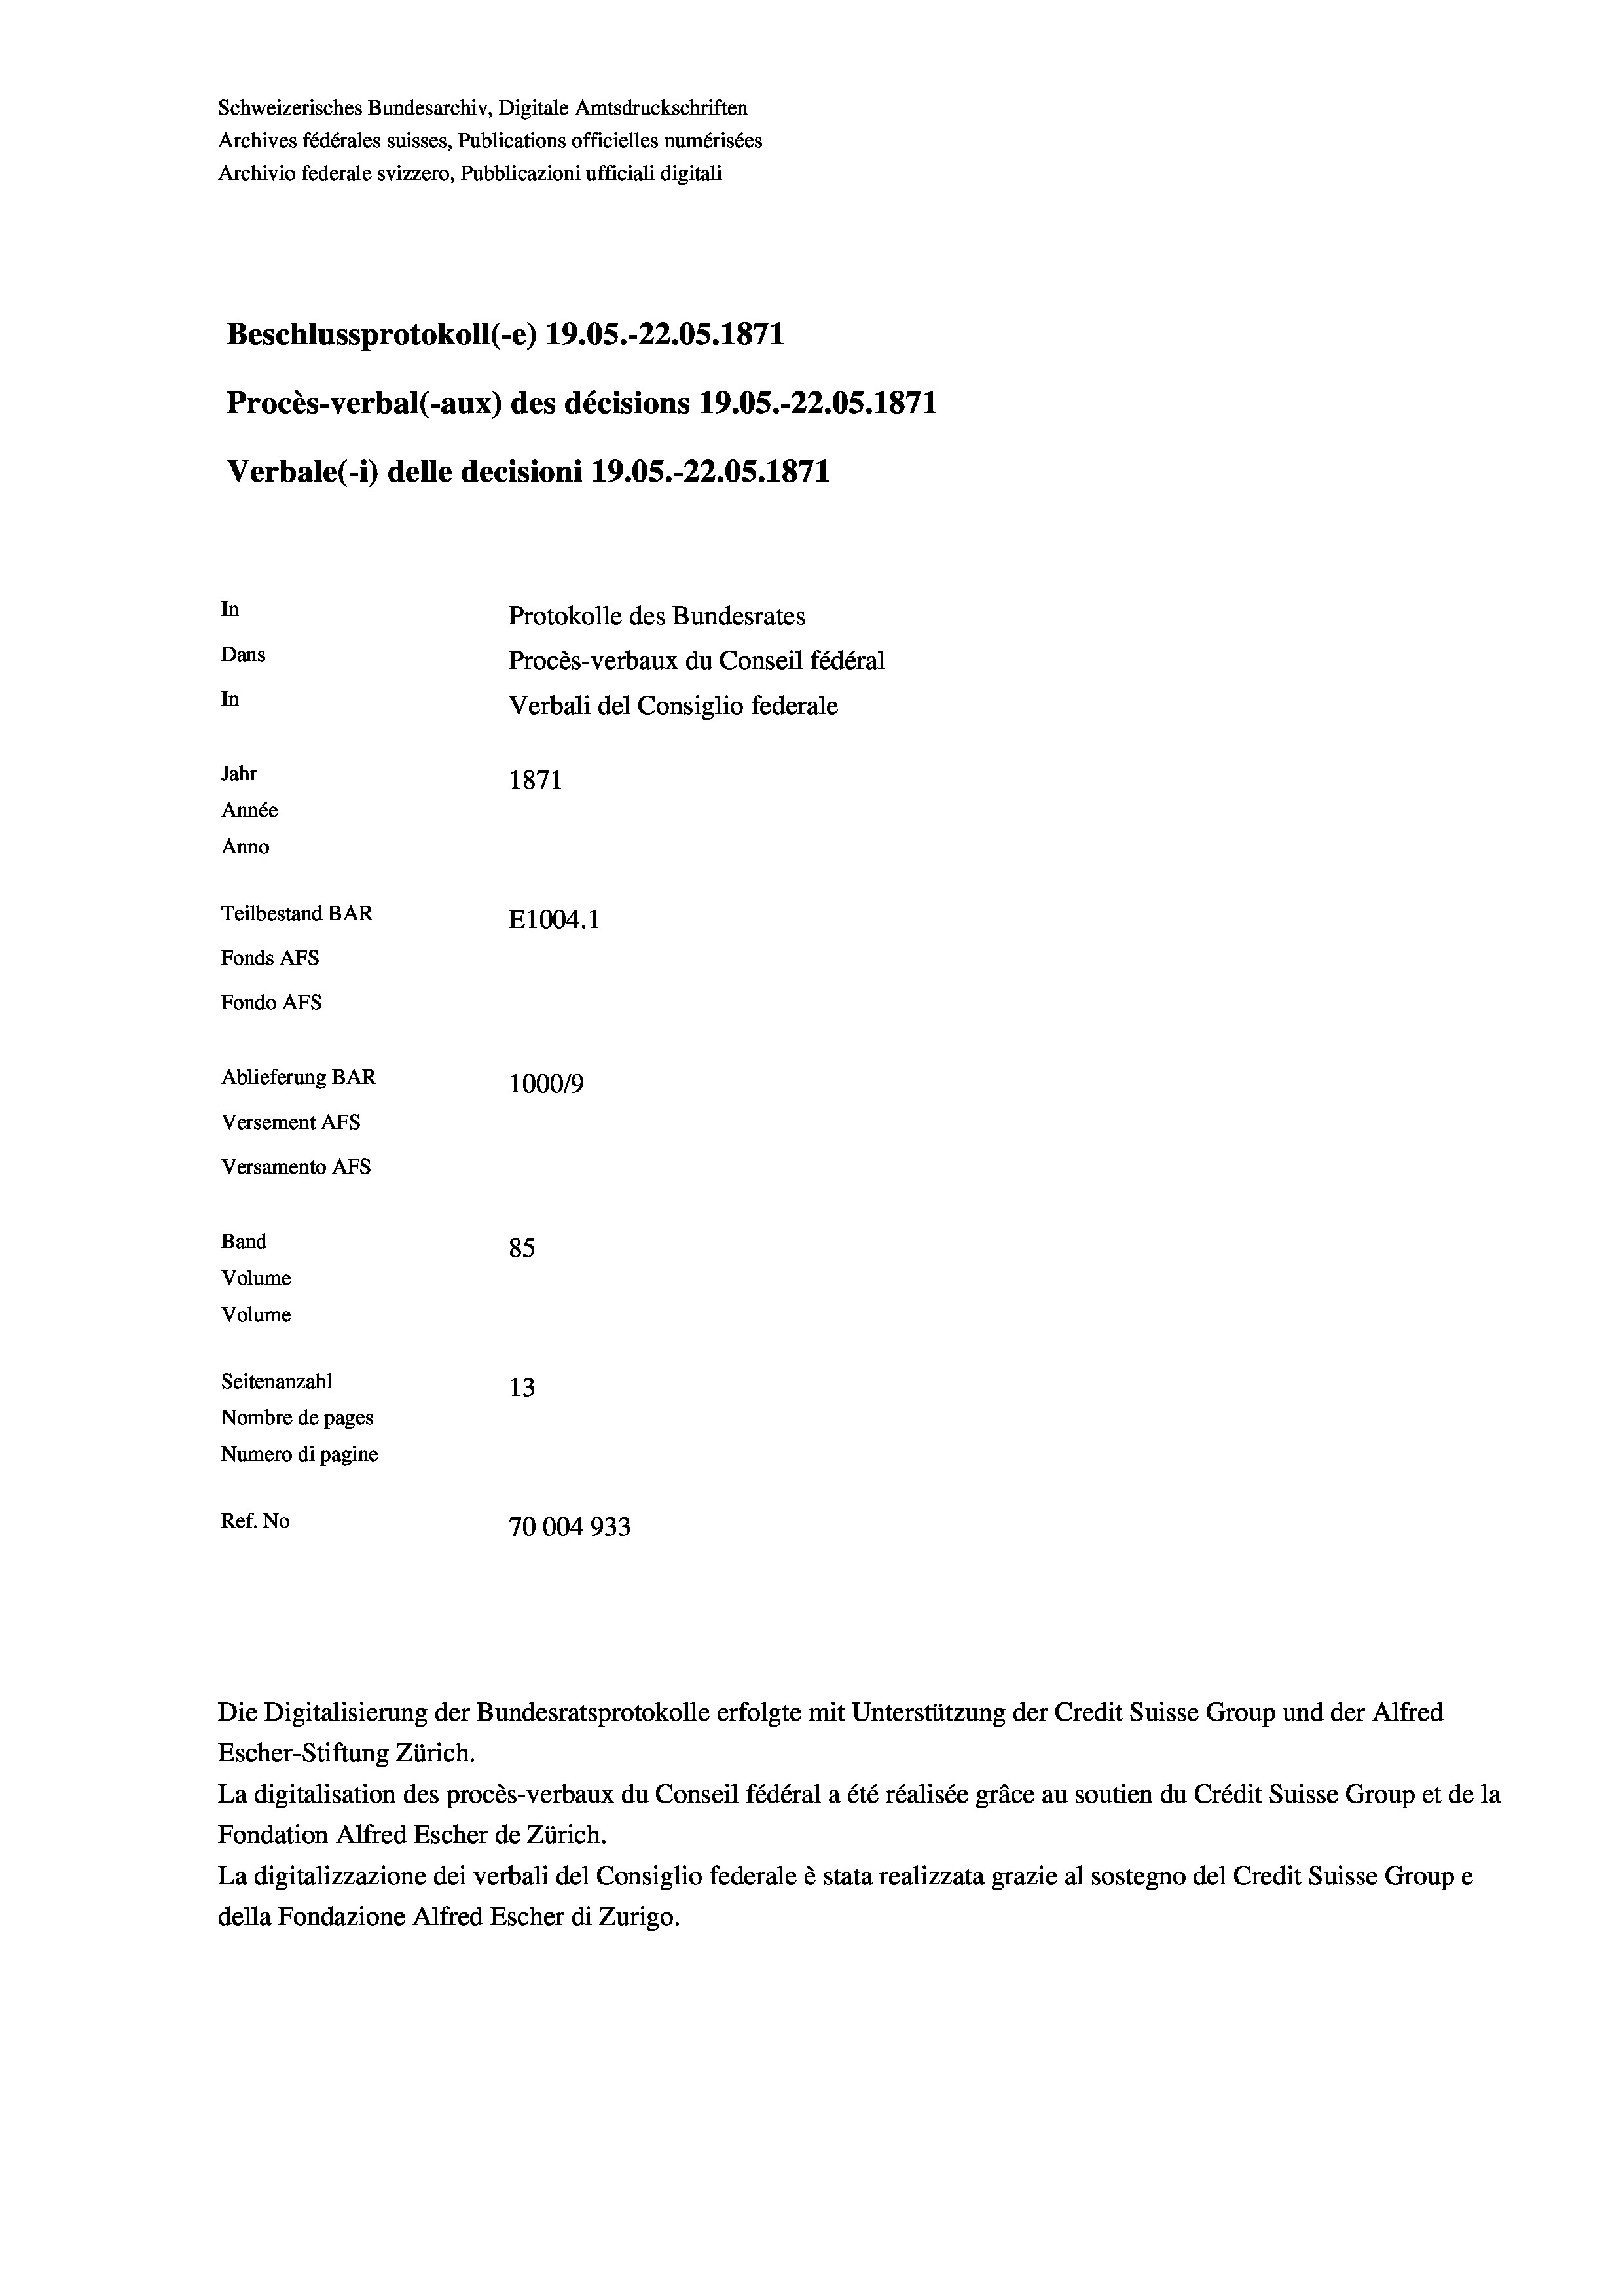
Schweizerisches Bundesarchiv, Digitale Amtsdruckschriften
Archives fédérales suisses, Publications officielles numérisées
Beschlussprotokoll (-e) 19.05.-22.05. 1871
Procès-verbal (-aux) des décisions 19.05.-22.05. 1871
In
Protokolle des Bundesrates
Dans
Procès-verbaux du Conseil fédéral
In
Verbali del Consiglio federale
Jahr
1871
Année
Anno
Teilbestand BAR
E1004. 1
Fonds AFs
Fondo Afs

Ablieferung BAR
Versement AFs
Versamento AFs
Band
Volume
Volume
Seitenanzahl

Archivio federale svizzero, Pubblicazioni ufficiali digitali

Verbale(*) delle decisioni 19.05.-22.05. 1871

85
13
Nombre de pages
Numero di pagine
Ref. No
70004933

100019

Escher-Stiftung Zürich.
La digitalisation des procès-verbaux du Conseil fédéral a été réalisée gräce au soutien du Crédit Suisse Group et de la
Fondation Alfred Escher de Zürich.
La digitalizzazione dei verbali del Consiglio federale è stata realizzata grazie al sostegno del Credit Suisse Groupe
della Fondazione Alfred Escher di Zurigo.

Die Digitalisierung der Bundesratsprotokolle erfolgte mit Unterstützung der Credit Suisse Group und der Alfred